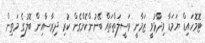
ޓޮމޮހައިޑް ޔަމަޑާ ވިދާޅުވީ ޒަމާނީ ވަސީލަތްތައް ބޭނުންކޮށްގެން ކުރި ދިރާސާއިން ބޮލުގެ މަތިން